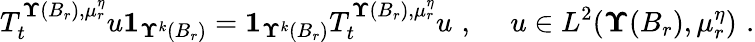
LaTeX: T_{t}^{{\mathbf\Upsilon}(B_{r}),{\mu}_{r}^{\eta}}u\mathbf 1_{{\mathbf\Upsilon}^{k}(B_{r})}=\mathbf 1_{{\mathbf\Upsilon}^{k}(B_{r})}T_{t}^{{\mathbf\Upsilon}(B_{r}),{\mu}_{r}^{\eta}}u\, \, \mathrm{,}\; \, \quad u\in L^{2}({\mathbf\Upsilon}(B_{r}),{\mu}_{r}^{\eta})\, \, \mathrm{.}